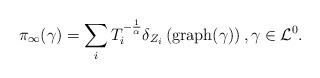
LaTeX: \begin{align*}\pi_{\infty}(\gamma)=\sum_i T_i^{-\frac{1}{\alpha}}\delta_{Z_i}\left(\textrm{graph}(\gamma)\right), \gamma\in \mathcal{L}^0.\end{align*}